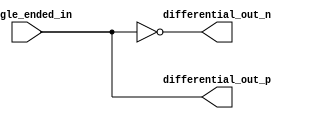
module differential_buffer (
    input wire single_ended_in,
    output wire differential_out_p,
    output wire differential_out_n
);

assign differential_out_p = single_ended_in;
assign differential_out_n = ~single_ended_in;

endmodule